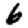
Digit: 6